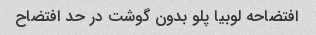
افتضاحه لوبیا پلو بدون گوشت در حد افتضاح